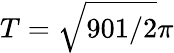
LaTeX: T=\sqrt{901/2}\pi